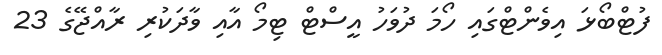
ފުޓްބޯޅަ އިވެންޓްގައި ހޯމަ ދުވަހު އީސްޓް ޓިމޯ އާއި ވާދަކުރި ރާއްޖޭގެ 23